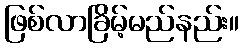
ဖြစ်လာခြိမ့်မည်နည်း။